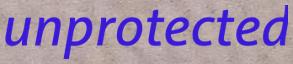
unprotected